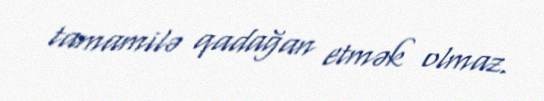
tamamilə qadağan etmək olmaz.